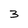
Character: 3